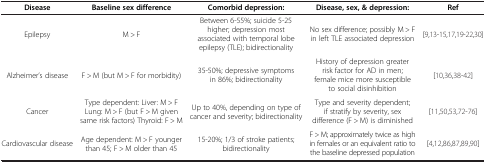
<table><thead><tr><td><b>Disease</b></td><td><b>Baseline sex difference</b></td><td><b>Comorbid depression:</b></td><td><b>Disease, sex, &amp; depression:</b></td><td><b>Ref</b></td></tr></thead><tbody><tr><td>Epilepsy</td><td>M &gt; F</td><td>Between 6-55%; suicide 5-25 higher; depression most associated with temporal lobe epilepsy (TLE); bidirectionality</td><td>No sex difference; possibly M &gt; F in left TLE associated depression</td><td>[9,13-15,17,19-22,30]</td></tr><tr><td>Alzheimer’s disease</td><td>F &gt; M (but M &gt; F for morbidity)</td><td>35-50%; depressive symptoms in 86%; bidirectionality</td><td>History of depression greater risk factor for AD in men; female mice more susceptible to social disinhibition</td><td>[10,36,38-42]</td></tr><tr><td>Cancer</td><td>Type dependent: Liver: M &gt; F Lung: M &gt; F (but F &gt; M given same risk factors) Thyroid: F &gt; M</td><td>Up to 40%, depending on type of cancer and severity; bidirectionality</td><td>Type and severity dependent; if stratify by severity, sex difference (F &gt; M) is diminished</td><td>[11,50,53,72-76]</td></tr><tr><td>Cardiovascular disease</td><td>Age dependent: M &gt; F younger than 45; F &gt; M older than 45</td><td>15-20%; 1/3 of stroke patients; bidirectionality</td><td>F &gt; M; approximately twice as high in females or an equivalent ratio to the baseline depressed population</td><td>[4,12,86,87,89,90]</td></tr></tbody></table>